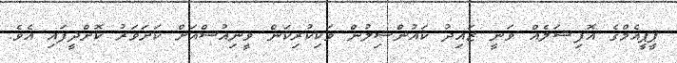
ޕީޕީއެމްގެ އޮފިޝަލެއް ވަނީ ޒައިދު ކައުންސިލުން ވަކިކުރިކަން ވީނިއުސްއަށް ކަށަވަރު ކޮށްދީފައި އެވެ.